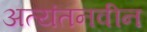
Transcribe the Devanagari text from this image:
अत्यंतनवीन